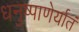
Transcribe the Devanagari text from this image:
धनुष्पाणेर्यातं